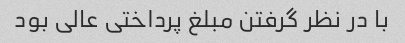
با در نظر گرفتن مبلغ پرداختی عالی بود